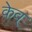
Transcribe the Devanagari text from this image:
केव्‌